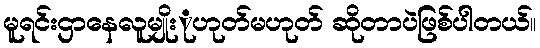
မူရင်းဌာနေလူမျိုးုဟုတ်မဟုတ် ဆိုတာပဲဖြစ်ပါတယ်။